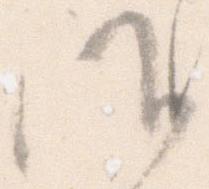
候